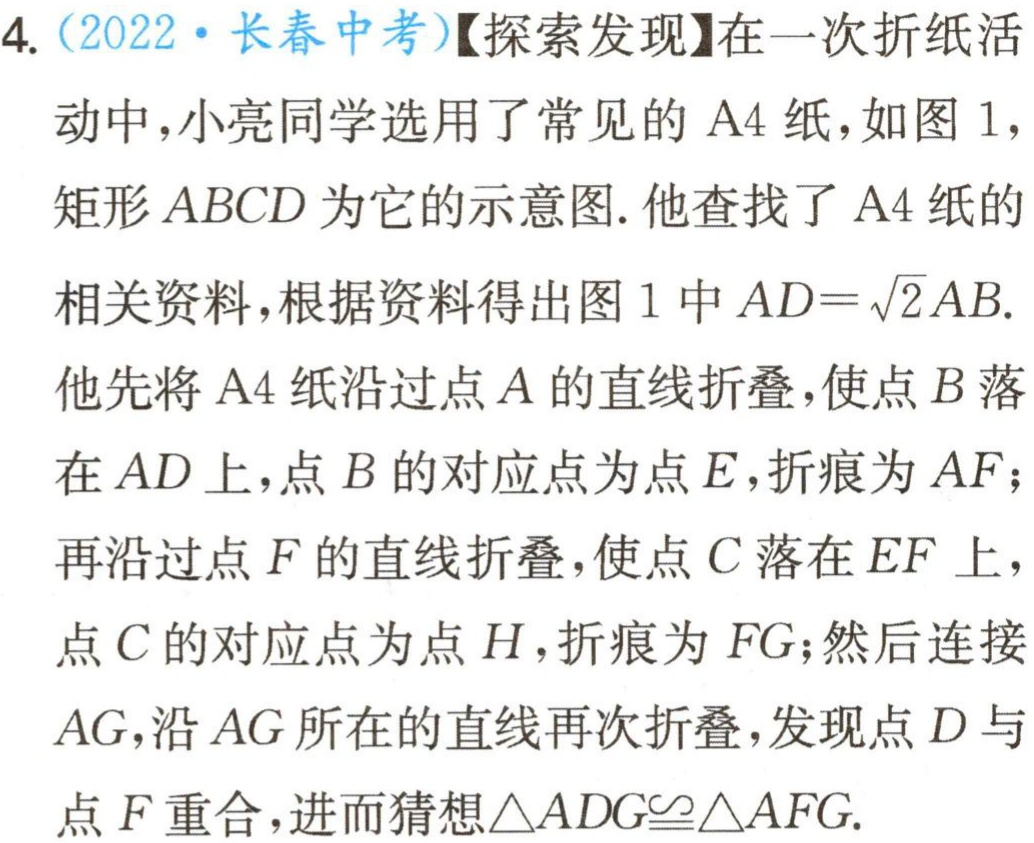
4. (2022·长春中考)【探索发现】在一次折纸活动中，小亮同学选用了常见的 A4 纸，如图 1，矩形 \(ABCD\) 为它的示意图. 他查找了 A4 纸的相关资料，根据资料得出图 1 中 \(AD = \sqrt{2}AB\). 他先将 A4 纸沿过点 \(A\) 的直线折叠，使点 \(B\) 落在 \(AD\) 上，点 \(B\) 的对应点为点 \(E\)，折痕为 \(AF\)；再沿过点 \(F\) 的直线折叠，使点 \(C\) 落在 \(EF\) 上，点 \(C\) 的对应点为点 \(H\)，折痕为 \(FG\)；然后连接 \(AG\)，沿 \(AG\) 所在的直线再次折叠，发现点 \(D\) 与点 \(F\) 重合，进而猜想\(\triangle ADG\cong\triangle AFG\).